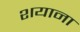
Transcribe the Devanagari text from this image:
शयाना